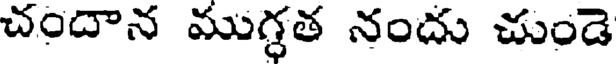
చందాన ముగ్గత నందు చుండె